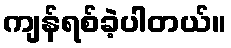
ကျန်ရစ်ခဲ့ပါတယ်။